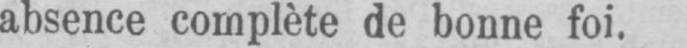
absence complète de bonne foi.